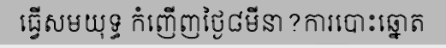
ធ្វើសមយុទ្ធ កំញើញថ្ងៃ៨មីនា?ការបោះឆ្នោត